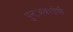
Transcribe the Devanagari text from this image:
पुनःअवशोषी